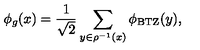
\phi _ { g } ( x ) = { \frac { 1 } { \sqrt { 2 } } } \sum _ { y \in \rho ^ { - 1 } ( x ) } \phi _ { \mathrm { { B T Z } } } ( y ) ,